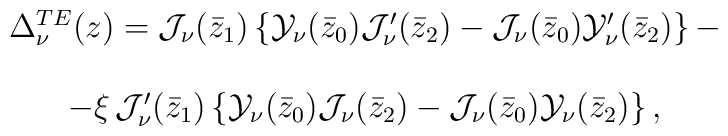
\begin{array}{c}  \Delta^{TE}_{\nu} (z)  =\mathcal{J}_{\nu}(\bar{z}_1)\left\{\mathcal{Y}_{\nu}(\bar{z}_0) \mathcal{J}'_{\nu}(\bar{z}_2)    -\mathcal{J}_{\nu}(\bar{z}_0)    \mathcal{Y}'_{\nu}(\bar{z}_2) \right\} - \\ \\  - \xi \, \mathcal{J}'_{\nu}(\bar{z}_1) \left\{\mathcal{Y}_{\nu}(\bar{z}_0) \mathcal{J}_{\nu}(\bar{z}_2)    -\mathcal{J}_{\nu}(\bar{z}_0)    \mathcal{Y}_{\nu}(\bar{z}_2) \right\},\end{array}